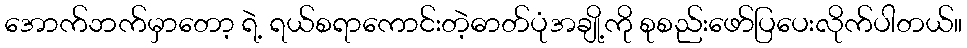
အောက်ဘက်မှာတော့ ရဲ့ ရယ်စရာကောင်းတဲ့ဓာတ်ပုံအချို့ကို စုစည်းဖော်ပြပေးလိုက်ပါတယ်။